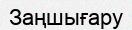
Заңшығару